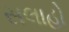
સલાહો